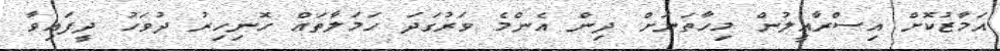
އަމާޒުކޮށް އިސްރާއީލުން މިހާތަނަށް ދިން އެންމެ ވަރުގަދަ ހަމަލާތައް ހޮނިހިރު ދުވަހު ދީފައިވާ